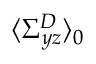
\langle \Sigma _ { y z } ^ { D } \rangle _ { 0 }